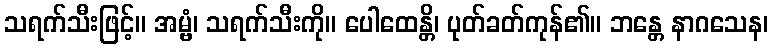
သရက်သီးဖြင့်။ အမ္ဗံ၊ သရက်သီးကို။ ပေါထေန္တိ၊ ပုတ်ခတ်ကုန်၏။ ဘန္တေ နာဂသေန၊